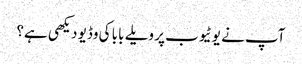
آپ نے یوٹیوب پر ویلے بابا کی وڈیو دیکھی ہے؟